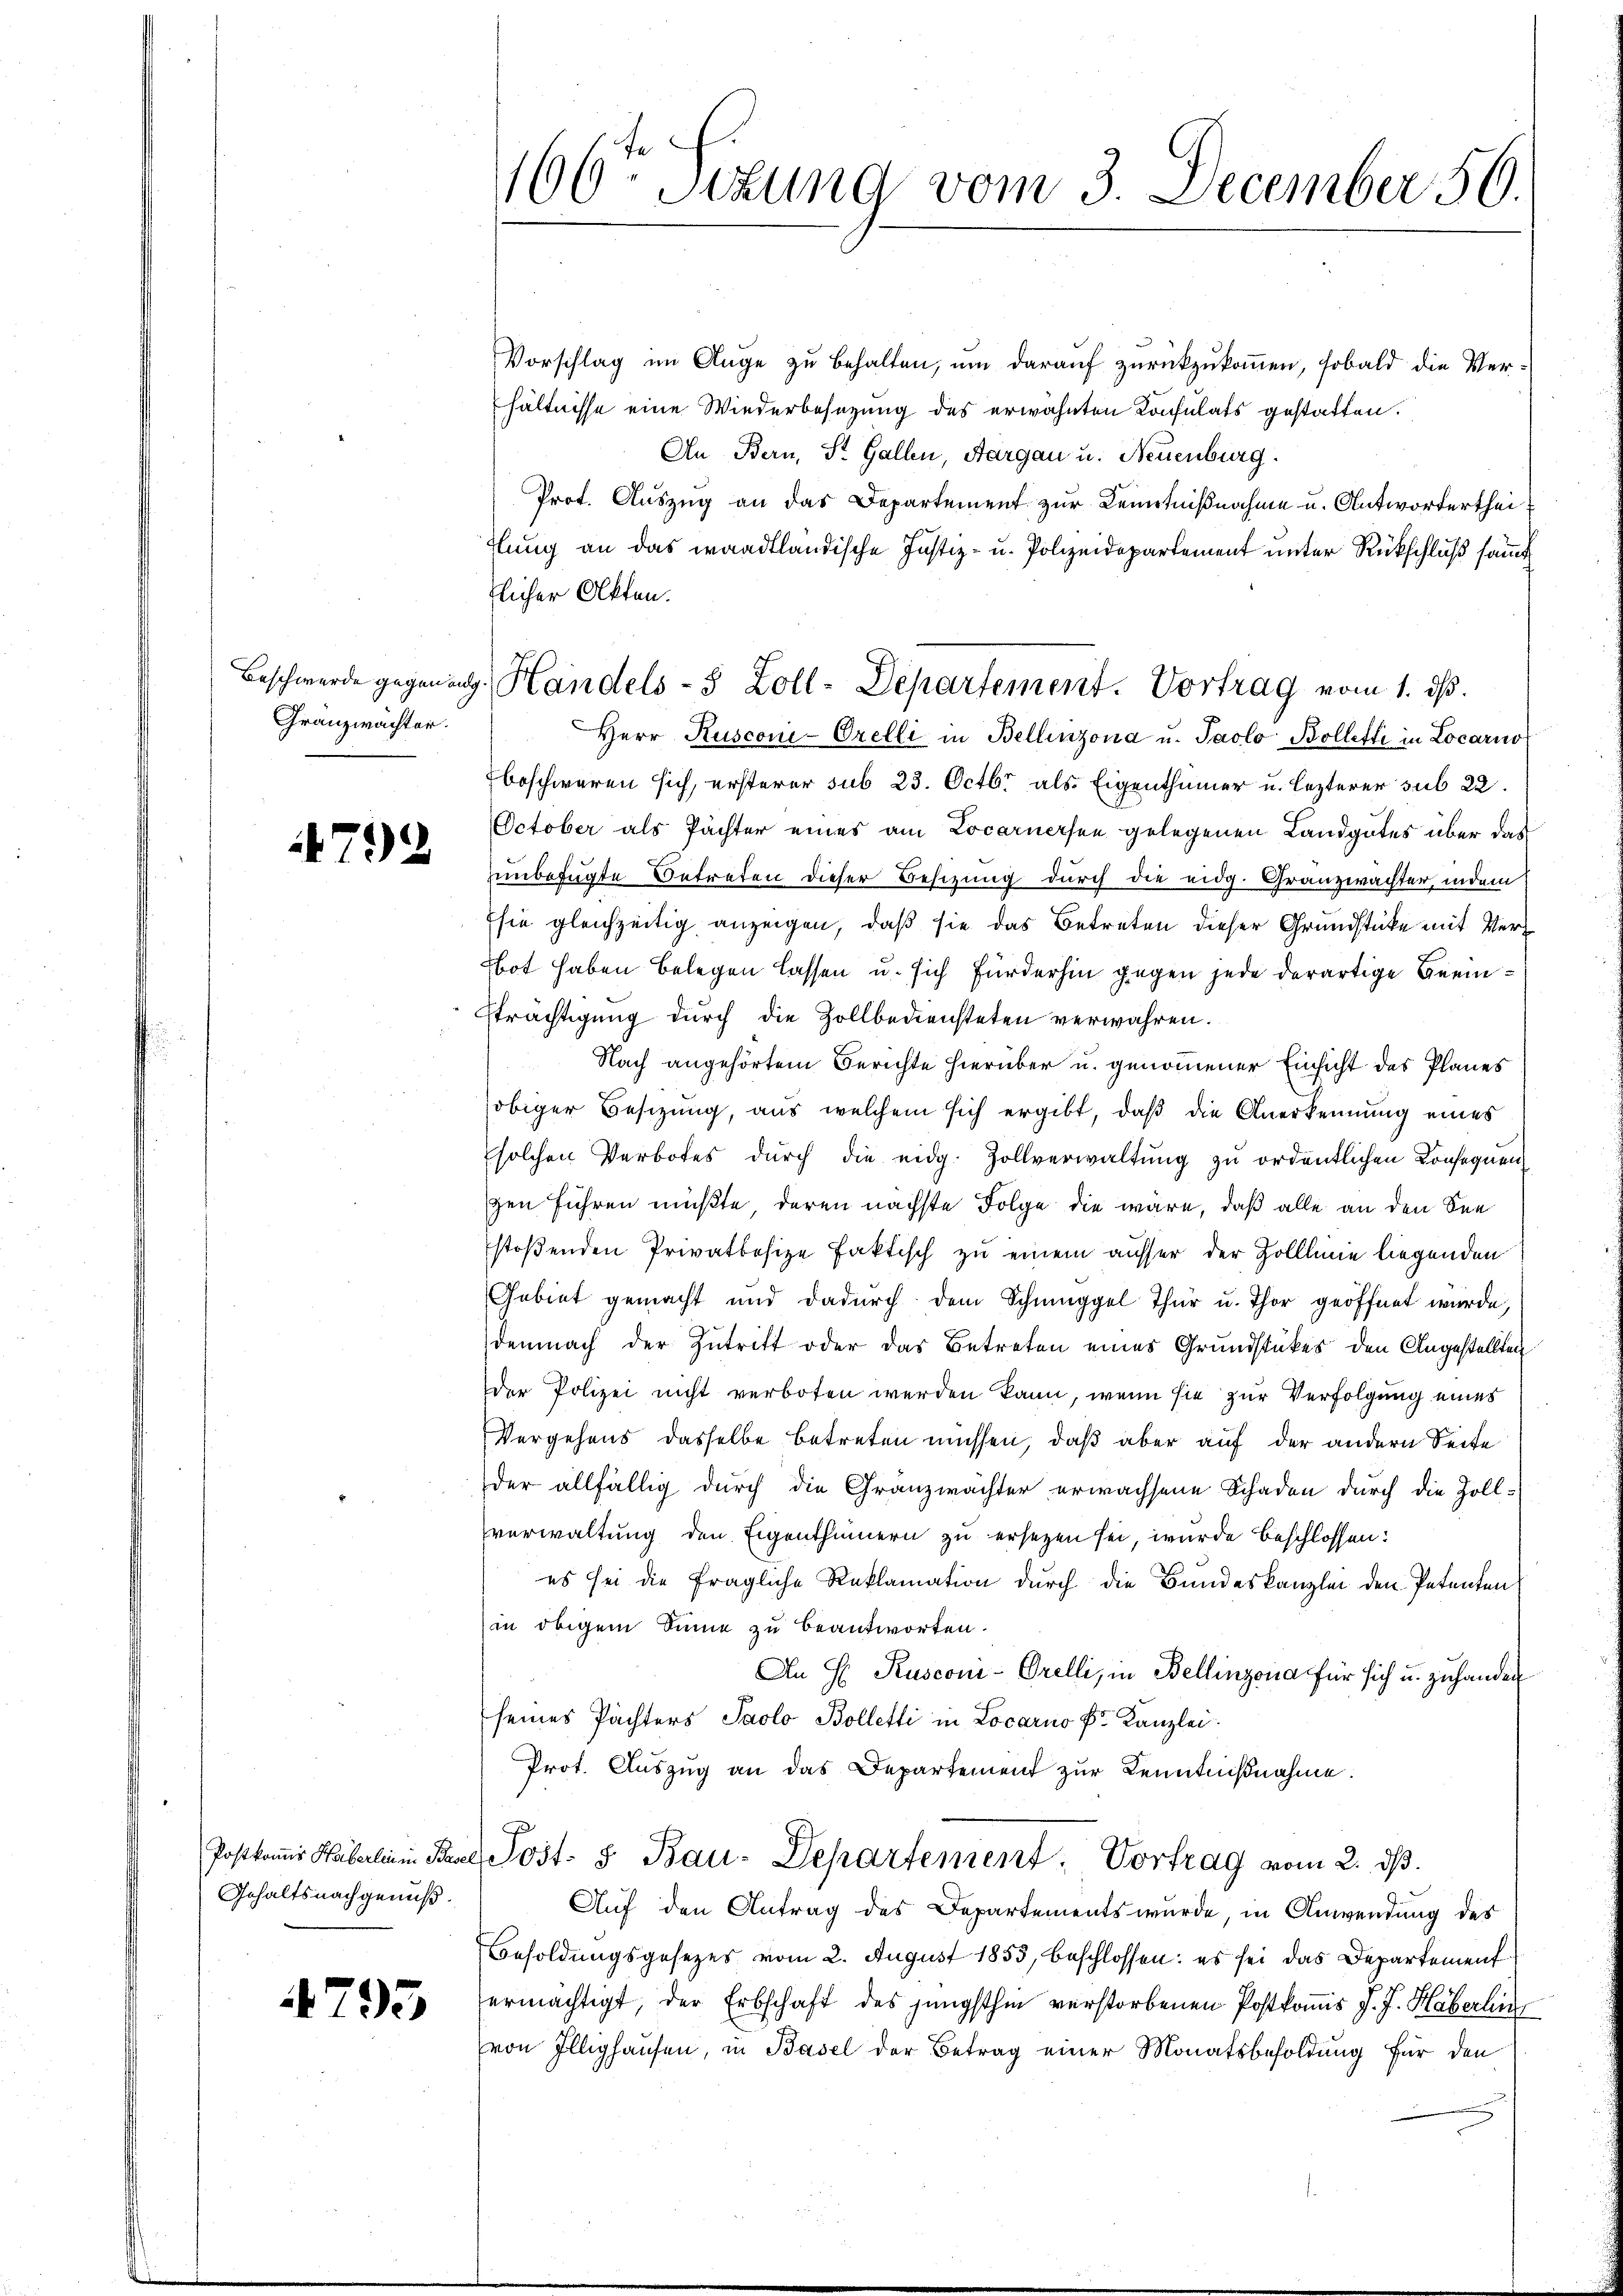
Granzwachter.

792

4795

Vorschlag im Auge zu behalten, um darauf zurückzukommen, sobald die Verhältnisse eine Wiederbesezung des erwähnten Konsulats gestatten.
An Bern, St. Gallen, Aargau u. Neuenburg.
Prot. Auszug an das Departement zur Kenntnißnahme u. Antwortertheihlung an das waadtländische Justiz- u. Polizeidepartement unter Rückschluß samt
zlicher Akten.
Herr Rusconi-Orelli in Bellinzona u. Paolo Bolletti in Locarno
beschweren sich, ersterer sub 23. Octbr. als Eigenthümer u. lezterer sub 22
October als Pächter eines am Locarnersen gelegenen Landgutes über das
unbefugte Betreten dieser Besizung durch die eidg. Granzwachter, indem
sie gleichzeitig anzeigen, daß sie das Betreten dieser Grundstücke mit Ver¬
Not haben belegen lassen u. sich fürderhin gegen jede derartige Beein¬
Strächtigung durch die Zollbediensteten verwahren.
Nach angehörtem Berichte hierüber u. genommener Einsicht des Planes
obiger Besizung, aus welchem sich ergibt, daß die Anerkennung eines
Esolchen Verbotes durch die eidg. Zollverwaltung zu ordentlichen Konsequen
gen führen müßte, deren nächste Folge die wäre, daß alle an den Seestoßenden Privatbesize faktisch zu einem ausser der Zolllinie liegenden
Gebiet gemacht und dadurch dem Schmuggel Thur u. Thor geöffnet wurde,
demnach der Zutritt oder das Betreten eines Grundstückes den Angestellten
der Polizei nicht verboten werden kann, wenn sie zur Verfolgung eines
Vergehens dasselbe betreten müssen, daß aber auf der andern Seite
der allfällig durch die Gränzwächter erwachsene Schaden durch die Zoll-
verwaltung den Eigenthümern zu ersetzen sei, wurde beschlossen:
es sei die fragliche Reklamation durch die Bundeskanzlei den Petenten
in obigem Sinne zu beantworten.
An H. Rusconi-Orelli, in Bellinzona für sich u. zu hander
seines Pächters Paolo Bolletti in Locarno Dr. Kanzlei.
Prot. Auszug an das Departement zur Kenntnißnahme.
Postkam Häberlei Paul Post- & Bau-Departement. Vortrag vom 2. dβ.
Auf den Antrag des Departements wurde, in Anwendung des
Besoldungsgesezes vom 2. August 1855, beschlossen: es sei das Departement
ermächtigt, der Erbschaft des jüngsthin verstorbenen Postkomis J. J. Häberlin
von Illighausen, in Basel der Betrag einer Monatsbesoldung für den

Gehaltsnachgenuß.

166ten Sitzung vom 3. December 50.

Beschwerde gegenang. Handels- 8 Zoll-Departement. Vortrag vom 1. ds.